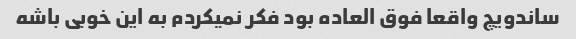
ساندویچ واقعا فوق العاده بود فکر نمیکردم به این خوبی باشه